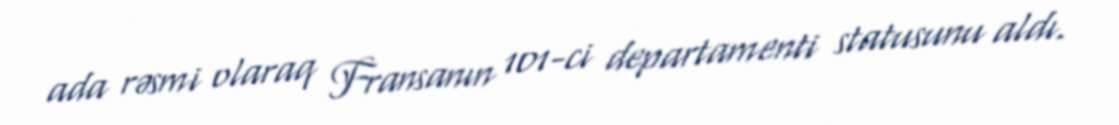
ada rəsmi olaraq Fransanın 101-ci departamenti statusunu aldı.